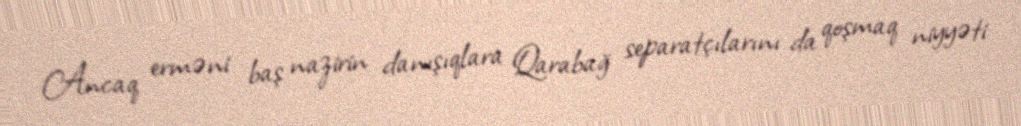
Ancaq erməni baş nazirin danışıqlara Qarabağ separatçılarını da qoşmaq niyyəti